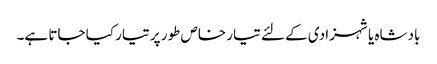
بادشاہ یا شہزادی کے لئے تیار خاص طور پر تیار کیا جاتا ہے۔